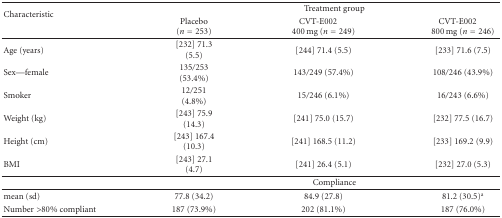
| <ROWSPAN=2> Characteristic | <COLSPAN=3> Treatment group |
 | Placebo (n = 253) | CVT-E002 400 mg (n = 249) | CVT-E002 800 mg (n = 246) |
 | --- | --- | --- | --- |
 | Age (years) | [232] 71.3 (5.5) | [244] 71.4 (5.5) | [233] 71.6 (7.5) |
 | Sex—female | 135/253 (53.4%) | 143/249 (57.4%) | 108/246 (43.9%) |
 | Smoker | 12/251 (4.8%) | 15/246 (6.1%) | 16/243 (6.6%) |
 | Weight (kg) | [243] 75.9 (14.3) | [241] 75.0 (15.7) | [232] 77.5 (16.7) |
 | Height (cm) | [243] 167.4 (10.3) | [241] 168.5 (11.2) | [233] 169.2 (9.9) |
 | BMI | [243] 27.1 (4.7) | [241] 26.4 (5.1) | [232] 27.0 (5.3) |
 |  | <COLSPAN=3> Compliance |
 | mean (sd) | 77.8 (34.2) | 84.9 (27.8) | 81.2 (30.5)a |
 | Number >80% compliant | 187 (73.9%) | 202 (81.1%) | 187 (76.0%) |